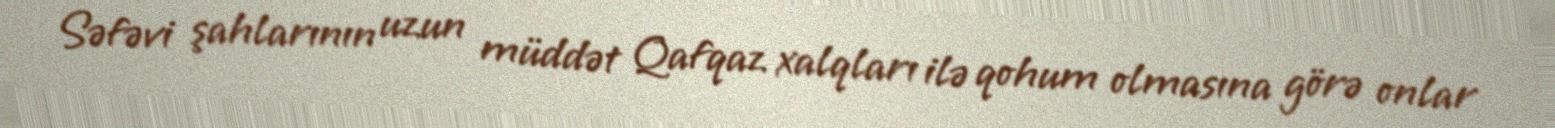
Səfəvi şahlarının uzun müddət Qafqaz xalqları ilə qohum olmasına görə onlar